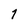
Character: 7